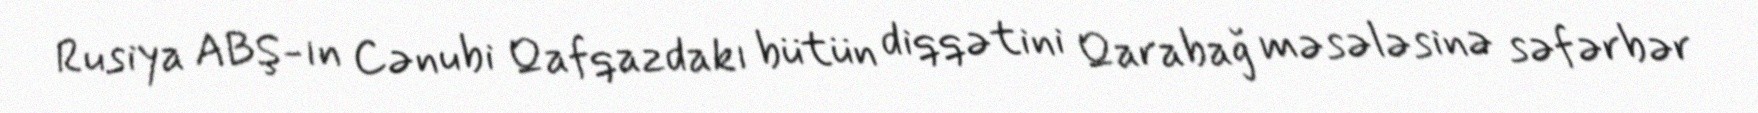
Rusiya ABŞ-ın Cənubi Qafqazdakı bütün diqqətini Qarabağ məsələsinə səfərbər